Annual administration report of the Civil Veterinary Department, Sind - 1943-1944
Year: 1943
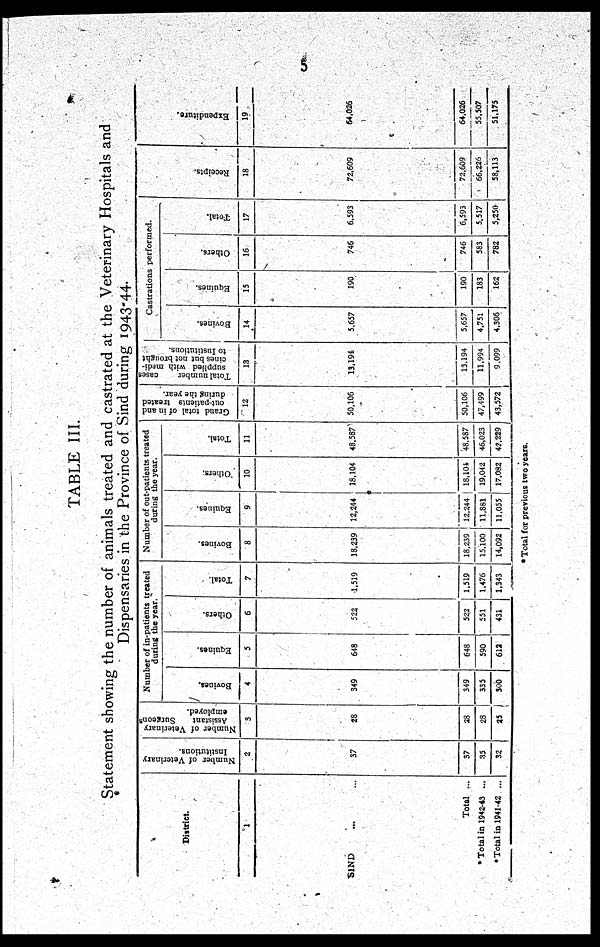
5
TABLE III.
Statement showing the number of animals treated and castrated at the Veterinary Hospitals and
Dispensaries in the Province of Sind during 1943-44.
District.
1
SIND ... ...
Total ...
* Total in 1942-43 ...
*Total in 1941-42 ...
Number of Veterinary
Institutions.
2
37
37
35
32
Number of Veterinary
Assistant
Surgeons
employed.
3
28
28
28
25
Number of in-patients treated
during the year.
Bovines.
4
349
349
335
300
Equines.
5
648
648
590
612
Others.
6
522
522
551
431
Total.
7
1,519
1,519
1,476
1,343
Number of out-patients treated
during the year.
Bovines.
8
18,239
18,239
15,100
14,092
Equines.
9
12,244
12,244
11,881
11,055
Others,
10
18,104
18,101
19,042
17,082
Total.
11
48,587
48,587
46,023
42,229
Grand total of in and
out-patients treated
during the year.
12
50,106
50,106
47,499
43,572
Total number
cases
supplied with medi-
cines but not brought
to Institutions.
13
13,194
13,194
11,994
9,099
Castrations performed.
Bovines.
14
5,657
5,657
4,751
4,306
Equines.
15
190
190
183
162
Others.
16
746
746
583
782
Total.
17
6,593
6,593
5,517
5,250
Recei pt s .
18
72,609
72,609
66,226
58,113
Expe ndi t
ur e .
19
64,026
64,026
55,507
51,175
* Total for previous two years.